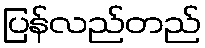
ပြန်လည်တည်